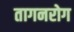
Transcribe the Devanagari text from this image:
तागनरोग